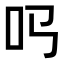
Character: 𠮤